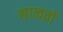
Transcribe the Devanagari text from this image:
सात्वतों